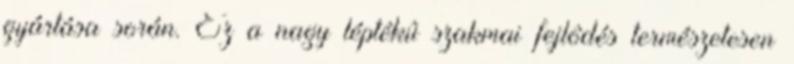
gyártása során. Ez a nagy léptékû szakmai fejlôdés természetesen